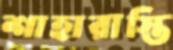
শাহারাস্তি